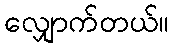
လျှောက်တယ်။